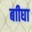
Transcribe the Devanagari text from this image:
बाीघा